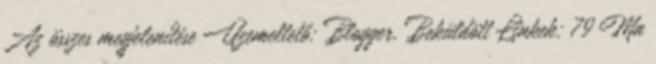
Az összes megjelenítése Üzemeltető: Blogger. Beküldött Linkek: 79 Ma